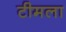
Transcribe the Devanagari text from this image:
टीमला